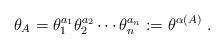
LaTeX: \begin{align*}\theta_A = \theta_1^{a_1} \theta_2^{a_2} \cdots \theta_n^{a_n} := \theta^{\alpha(A)}~.\end{align*}